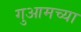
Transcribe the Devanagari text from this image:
गुआमच्या